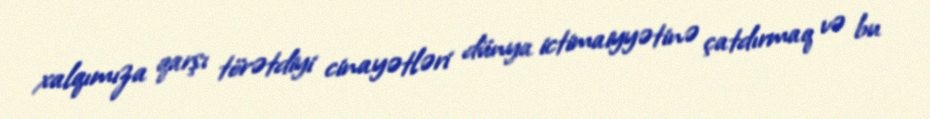
xalqımıza qarşı törətdiyi cinayətləri dünya ictimaiyyətinə çatdırmaq və bu